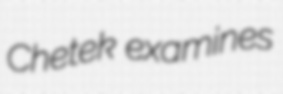
Chetek examines